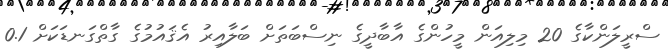
ސްރީލަންކާގެ 20 މިލިއަން މީހުންގެ އާބާދީގެ ނިސްބަތަށް ބަލާއިރު އެޤައުމުގެ ގާތްގަނޑަކަށް 0.1